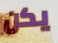
يكن